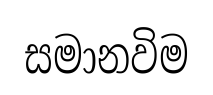
සමානවිම